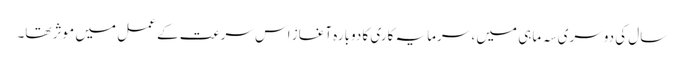
سال کی دوسری سہ ماہی میں ، سرمایہ کاری کا دوبارہ آغاز اس سرعت کے عمل میں موثر تھا۔